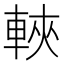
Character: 𫏶